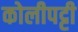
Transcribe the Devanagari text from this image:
कोलीपट्टी